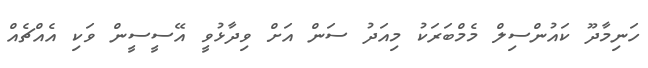
ހަނިމާދޫ ކައުންސިލް މެމްބަރަކު މިއަދު ސަން އަށް ވިދާޅުވީ އޭސީސީން ވަކި އެއްޗެއް